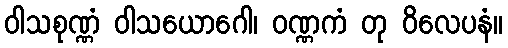
ဝါသစုဏ္ဏံ ဝါသယောဂေါ၊ ဝဏ္ဏကံ တု ဝိလေပနံ။